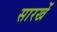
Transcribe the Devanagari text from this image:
सारखें